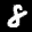
Label: 8